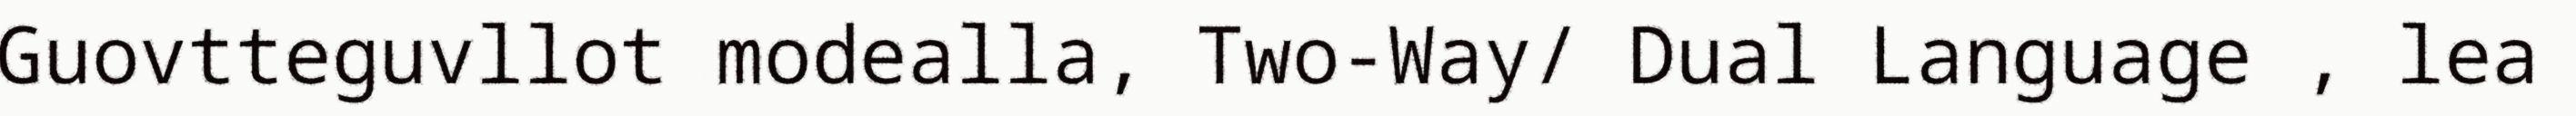
Guovtteguvllot modealla, Two-Way/ Dual Language , lea